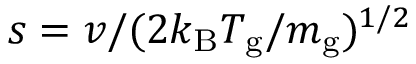
s = v / ( 2 k _ { \mathrm { B } } T _ { \mathrm { g } } / m _ { \mathrm { g } } ) ^ { 1 / 2 }